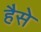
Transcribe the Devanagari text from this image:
हैसे